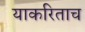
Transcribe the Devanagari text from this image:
याकरिताच